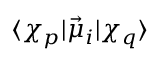
\langle \chi _ { p } | \vec { \mu } _ { i } | \chi _ { q } \rangle